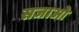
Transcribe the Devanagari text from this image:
सजाओ